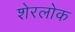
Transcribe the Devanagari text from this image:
शेरलोक